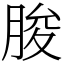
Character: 朘